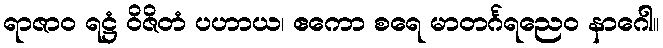
ရာဇာဝ ရဋ္ဌံ ဝိဇိတံ ပဟာယ၊ ဧကော စရေ မာတင်္ဂရညေဝ နာဂေါ။